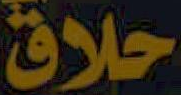
حلاق